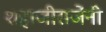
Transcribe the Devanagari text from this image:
शहाजीराजेंनी